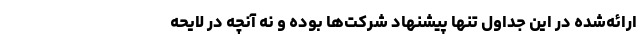
ارائه‌شده در این جداول تنها پیشنهاد شرکت‌ها بوده و نه آنچه در لایحه